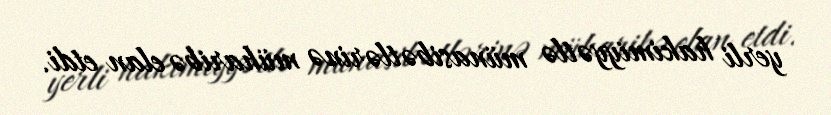
yerli hakimiyyətlə münasibətlərinə müharibə elan etdi.